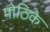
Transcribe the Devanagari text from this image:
मोठिके